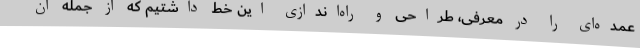
عمده‌ای را در معرفی، طراحی و راه‌اندازی این خط داشتیم که از جمله آن